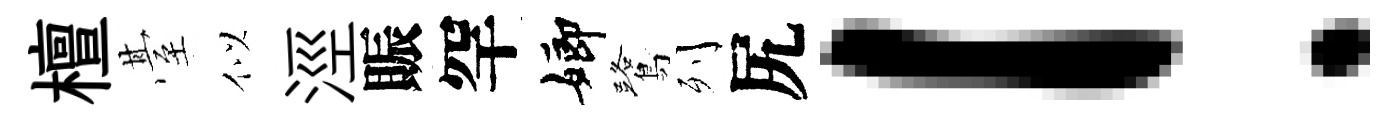
檀䑓似涇賑罕嫏鷺列尻！